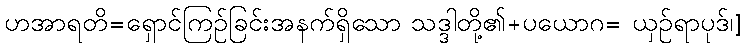
ဟအာရတိ=ရှောင်ကြဉ်ခြင်းအနက်ရှိသော သဒ္ဒါတို့၏+ပယောဂ= ယှဉ်ရာပုဒ်၊]